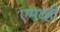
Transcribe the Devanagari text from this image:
एमव्ही